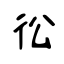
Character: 彸